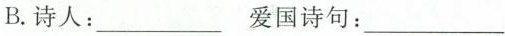
B.诗人：___ 爱国诗句：___